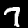
Digit: 7